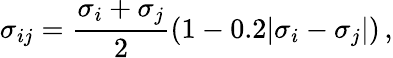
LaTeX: \sigma_{ij}=\frac{\sigma_{i}+\sigma_{j}}{2}\left(1-0.2|\sigma_{i}-\sigma_{j}|\right)\, ,